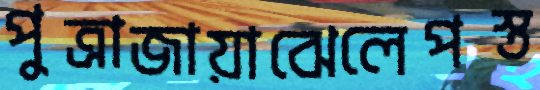
পুত্রাজায়াঝেলেপস্ত